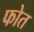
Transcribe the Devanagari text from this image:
फोत